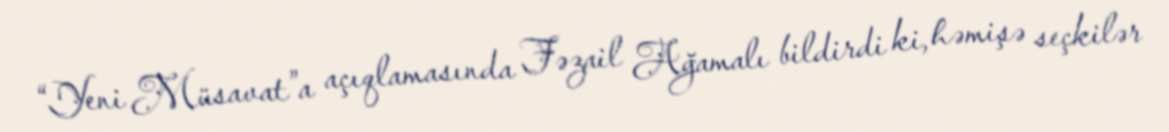
“Yeni Müsavat”a açıqlamasında Fəzail Ağamalı bildirdi ki, həmişə seçkilər